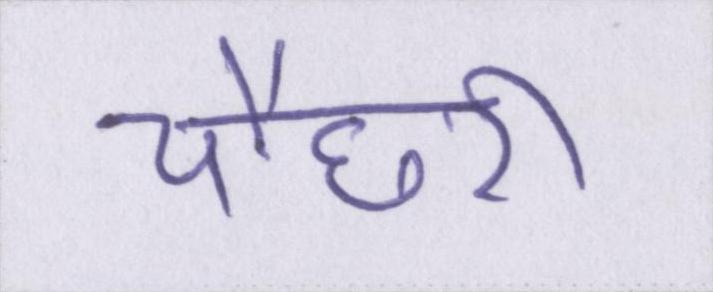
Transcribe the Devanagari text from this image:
चौधरी